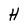
Character: H